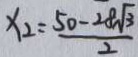
x _ { 2 } = \frac { 5 0 - 2 8 \sqrt { 3 } } { 2 }